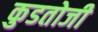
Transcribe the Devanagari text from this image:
कुडतोजी